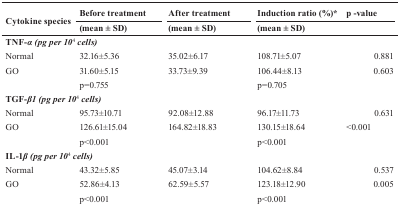
| <ROWSPAN=2> Cytokine species | Before treatment | After treatment | Induction ratio (%)* | p -value |
 | (mean ± SD) | (mean ± SD) | <COLSPAN=2> (mean ± SD) |
 | --- | --- | --- | --- | --- |
 | <COLSPAN=3> TNF-<underline>α (pg per 104 cells)</underline> |  |  |
 | Normal | 32.16±5.36 | 35.02±6.17 | 108.71±5.07 | 0.881 |
 | GO | 31.60±5.15 | 33.73±9.39 | 106.44±8.13 | 0.603 |
 |  | p=0.755 |  | p=0.705 |  |
 | <COLSPAN=3> TGF-<underline>β1 (pg per 104 cells)</underline> |  |  |
 | Normal | 95.73±10.71 | 92.08±12.88 | 96.17±11.73 | 0.631 |
 | GO | 126.61±15.04 | 164.82±18.83 | 130.15±18.64 | <0.001 |
 |  | p<0.001 |  | p<0.001 |  |
 | <COLSPAN=3> IL-1<underline>β (pg per 104 cells)</underline> |  |  |
 | Normal | 43.32±5.85 | 45.07±3.14 | 104.62±8.84 | 0.537 |
 | GO | 52.86±4.13 | 62.59±5.57 | 123.18±12.90 | 0.005 |
 |  | p<0.001 |  | p<0.001 |  |